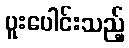
ပူးပေါင်းသည့်